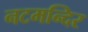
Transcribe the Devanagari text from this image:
नटमन्दिर